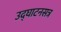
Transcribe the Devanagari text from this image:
उद्‍घाटनसत्र